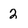
Character: 2